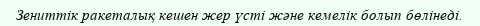
Зениттік ракеталық кешен жер үсті және кемелік болып бөлінеді.